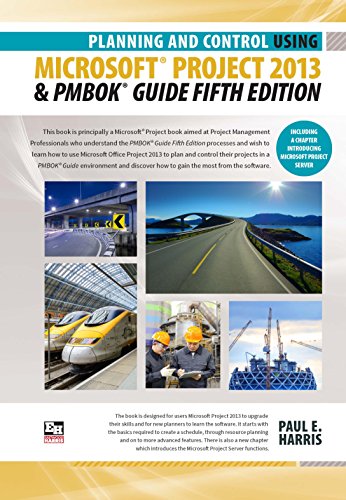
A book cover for Planning and Control Using Microsoft Project 2013 and PMBOK Guide Fifth Edition; Paul E. Harris; Computers & Technology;